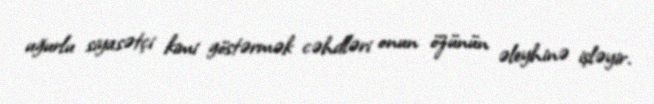
uğurlu siyasətçi kimi göstərmək cəhdləri onun özünün əleyhinə işləyir.